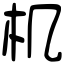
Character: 机